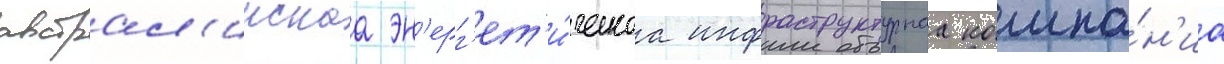
австрал'иискаа эн'ерг'ет'и́ческаа инфраструктурнаа компа́н'иа